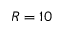
R = 1 0